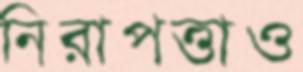
নিরাপত্তাও